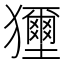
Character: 𤣐